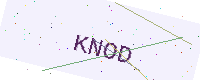
Text: KNOD